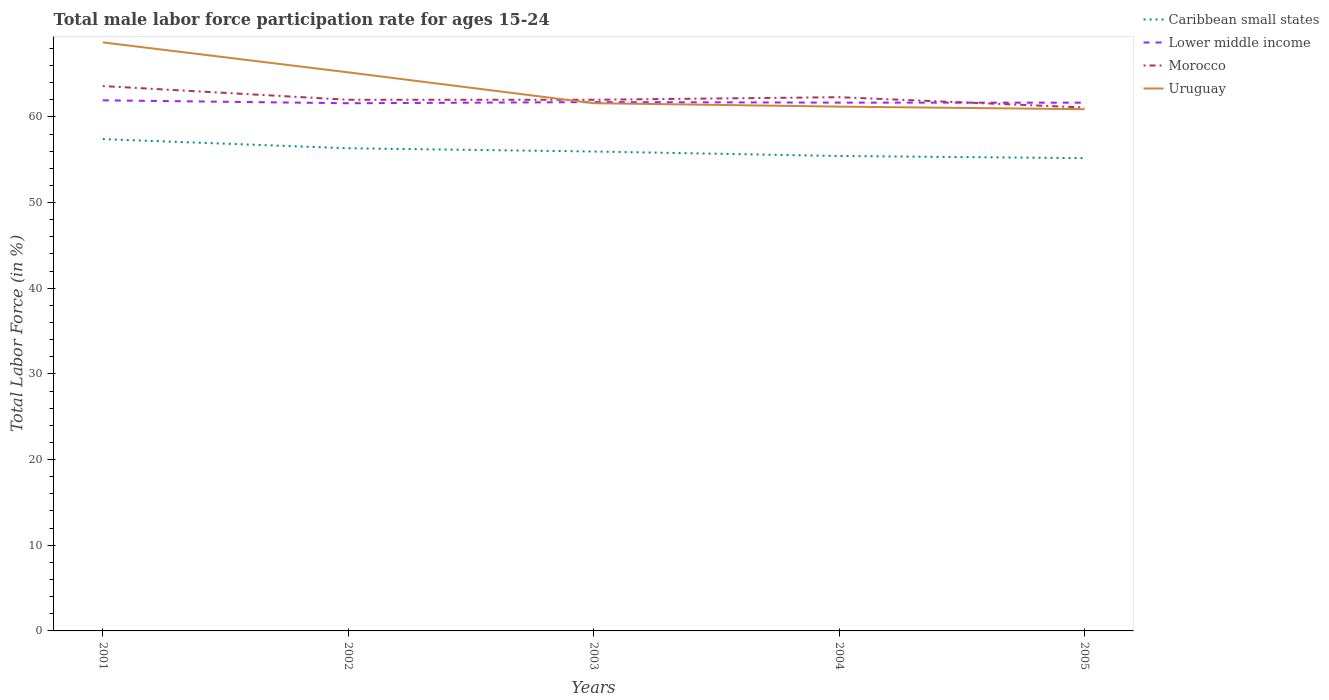
| Years | Caribbean small states | Lower middle income | Morocco | Uruguay |
 | --- | --- | --- | --- | --- |
 | 2001 | 57.4 | 61.9 | 63.6 | 68.7 |
 | 2002 | 56.3 | 61.6 | 62 | 65.2 |
 | 2003 | 56 | 61.7 | 62 | 61.6 |
 | 2004 | 55.4 | 61.7 | 62.3 | 61.2 |
 | 2005 | 55.2 | 61.7 | 61.1 | 60.9 |